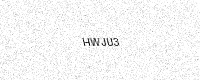
Text: HWJU3